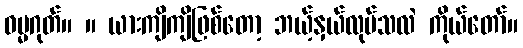
ဓမ္မဂုတ်။ ။ ယားကျိကျိဖြစ်တော့ ဘယ့်နှယ်လုပ်သလဲ ကိုယ်တော်။